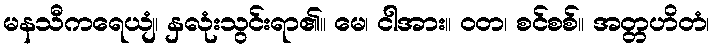
မနသီကရေယျံ၊ နှလုံးသွင်းရာ၏။ မေ၊ ငါအား။ ဝတ၊ စင်စစ်။ အတ္တဟိတံ၊